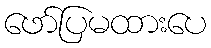
ဖော်ပြမထားပေ